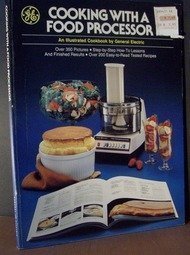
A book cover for Cooking With a Food Processor; General Electric Company.; Cookbooks, Food & Wine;